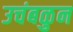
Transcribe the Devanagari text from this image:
उचंबळुन